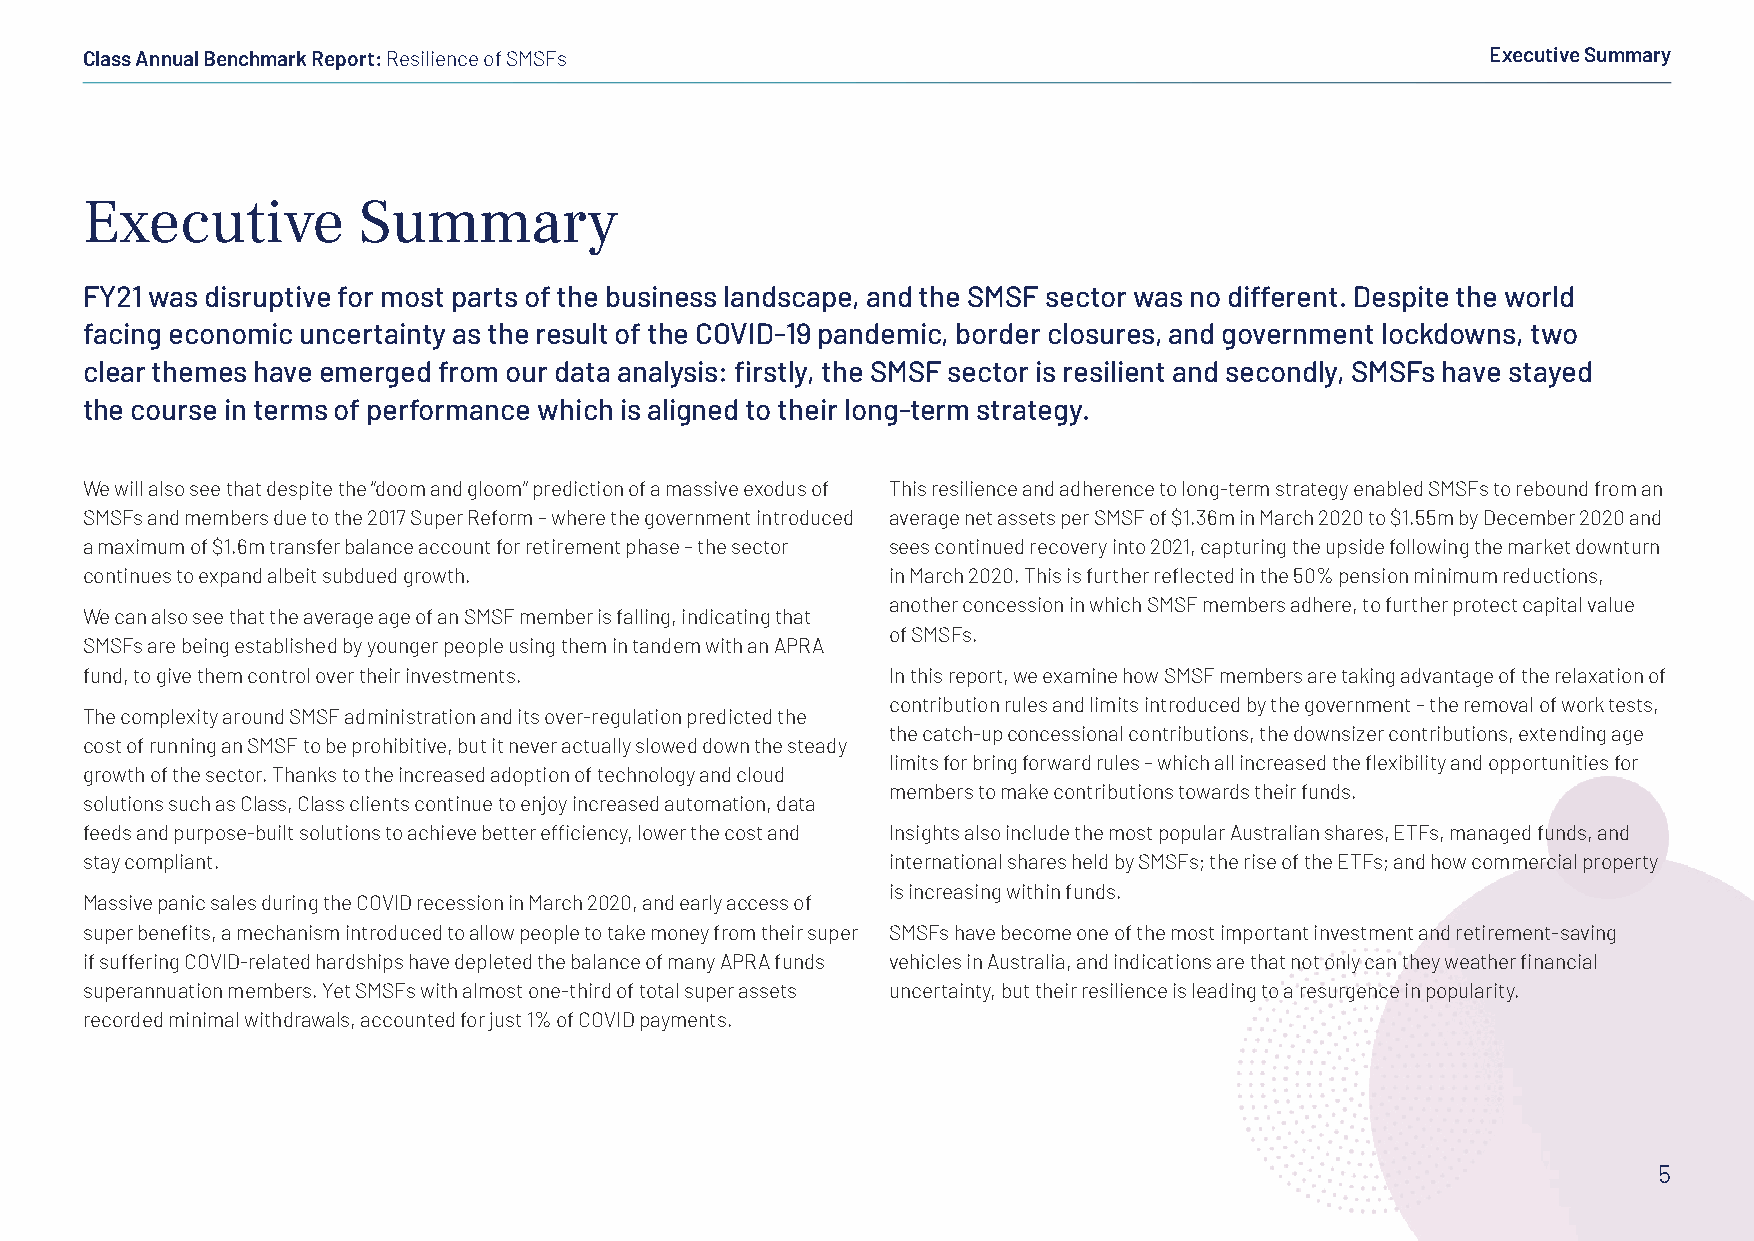
Class Annual Benchmark Report: Resilience of SMSFs                                            Executive Summary
 Executive          Summary
 FY21 was disruptive for most parts of the business landscape, and the SMSF sector was no different. Despite the world
 facing economic uncertainty as the result of the COVID-19 pandemic, border closures, and government lockdowns, two
 clear themes have emerged from our data analysis: firstly, the SMSF sector is resilient and secondly, SMSFs have stayed
 the course in terms of performance which is aligned to their long-term strategy.
 We will also see that despite the “doom and gloom” prediction of a massive exodus of This resilience and adherence to long-term strategy enabled SMSFs to rebound from an
 SMSFs and members due to the 2017 Super Reform – where the government introduced average net assets per SMSF of $1.36m in March 2020 to $1.55m by December 2020 and
 a maximum of $1.6m transfer balance account for retirement phase – the sector sees continued recovery into 2021, capturing the upside following the market downturn
 continues to expand albeit subdued growth.            in March 2020. This is further reflected in the 50% pension minimum reductions,
 another concession in which SMSF members adhere, to further protect capital value
 We can also see that the average age of an SMSF member is falling, indicating that
 of SMSFs.
 SMSFs are being established by younger people using them in tandem with an APRA
 fund, to give them control over their investments.    In this report, we examine how SMSF members are taking advantage of the relaxation of
 contribution rules and limits introduced by the government – the removal of work tests,
 The complexity around SMSF administration and its over-regulation predicted the
 the catch-up concessional contributions, the downsizer contributions, extending age
 cost of running an SMSF to be prohibitive, but it never actually slowed down the steady
 limits for bring forward rules – which all increased the flexibility and opportunities for
 growth of the sector. Thanks to the increased adoption of technology and cloud
 members to make contributions towards their funds.
 solutions such as Class, Class clients continue to enjoy increased automation, data
 feeds and purpose-built solutions to achieve better efficiency, lower the cost and Insights also include the most popular Australian shares, ETFs, managed funds, and
 stay compliant.                                       international shares held by SMSFs; the rise of the ETFs; and how commercial property
 is increasing within funds.
 Massive panic sales during the COVID recession in March 2020, and early access of
 super benefits, a mechanism introduced to allow people to take money from their super SMSFs have become one of the most important investment and retirement-saving
 if suffering COVID-related hardships have depleted the balance of many APRA funds vehicles in Australia, and indications are that not only can they weather financial
 superannuation members. Yet SMSFs with almost one-third of total super assets uncertainty, but their resilience is leading to a resurgence in popularity.
 recorded minimal withdrawals, accounted for just 1% of COVID payments.
 5